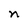
Character: n